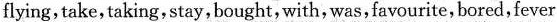
flying , take , taking , stay , bought , with , was , favourite , bored , fever